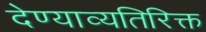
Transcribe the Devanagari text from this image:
देण्याव्यतिरिक्त